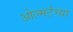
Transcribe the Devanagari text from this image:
ओल्मर्टच्या